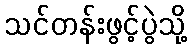
သင်တန်းဖွင့်ပွဲသို့